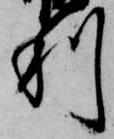
利